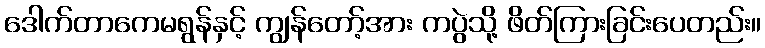
ဒေါက်တာကေမရွန်နှင့် ကျွန်တော့်အား ကပွဲသို့ ဖိတ်ကြားခြင်းပေတည်း။